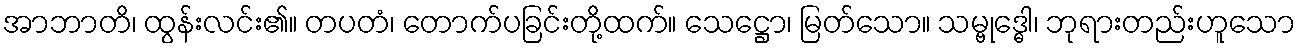
အာဘာတိ၊ ထွန်းလင်း၏။ တပတံ၊ တောက်ပခြင်းတို့ထက်။ သေဋ္ဌော၊ မြတ်သော။ သမ္ဗုဒ္ဓေါ၊ ဘုရားတည်းဟူသော